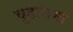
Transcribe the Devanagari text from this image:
चूडासमा